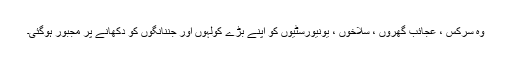
وہ سرکس ، عجائب گھروں ، سلاخوں ، یونیورسٹیوں کو اپنے بڑے کولہوں اور جننانگوں کو دکھانے پر مجبور ہوگئی۔